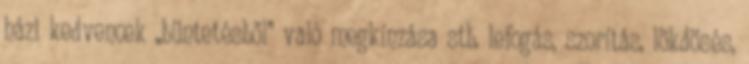
házi kedvencek „büntetésből” való megkínzása stb. lefogás, szorítás, lökdösés,